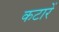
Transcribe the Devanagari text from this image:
कटारें